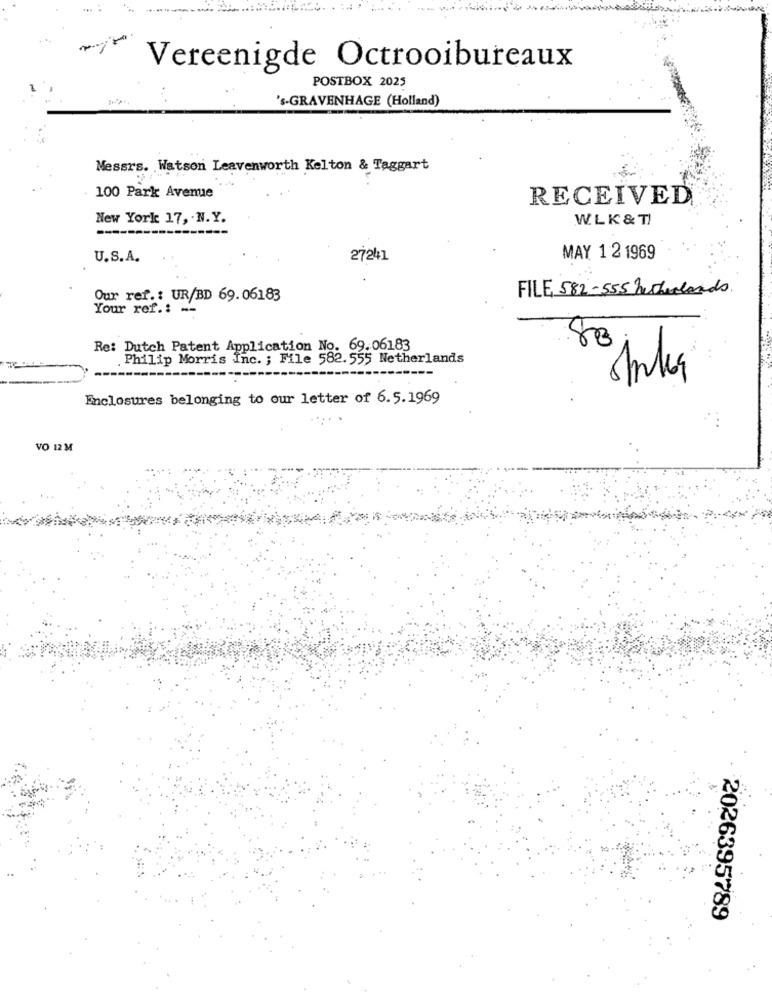
------
Vereenigde Octrooibureaux
POSTBOX 2025
's-GRAVENHAGE (Holland)
Messrs. Watson Leavenworth Kelton & Taggart
100 Park Avenue
RECEIVED
New York 17, N.Y.
W.LK& T!
U.S.A.
27241
MAY 1 2 1969
FILE, 582-555 Lucherlands.
Our ref .: UR/BD 69.06183
Your ref .: --
80
Re: Dutch Patent Application No. 69.06183
Philip Morris Inc. ; File 582.555 Netherlands
Enclosures belonging to our letter of 6.5.1969
VO 12 M
2026395789